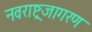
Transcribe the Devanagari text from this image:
नवराष्ट्रजागरण